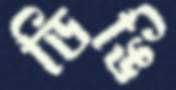
ডিঙি